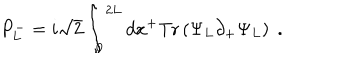
P _ { L } ^ { - } = { i \sqrt { 2 } } \int _ { 0 } ^ { 2 L } d x ^ { + } \mathrm { T r } \left( \Psi _ { L } \partial _ { + } \Psi _ { L } \right) \; .